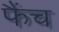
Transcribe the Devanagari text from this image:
फैंच